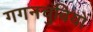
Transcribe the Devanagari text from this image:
गगनचुंबियों